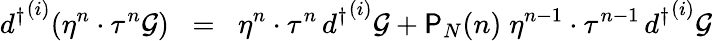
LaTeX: {d^{\dagger}}^{(i)}(\eta^{n}\cdot\tau^{n}{\cal{G}})\; \; =\; \; \eta^{n}\cdot\tau^{n}\, {d^{\dagger}}^{(i)}{\cal{G}}+{\textsf{P}}_{N}(n)\; \eta^{n-1}\cdot\tau^{n-1}\, {d^{\dagger}}^{(i)}{\cal{G}}